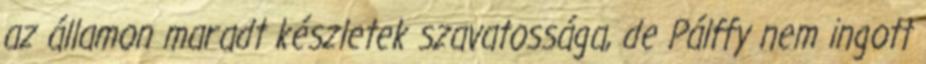
az államon maradt készletek szavatossága, de Pálffy nem ingott